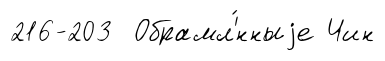
216-203 Обрамл'́нныjе Чин